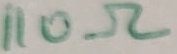
Text: 110Ω